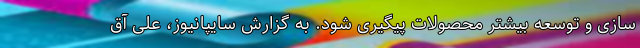
سازی و توسعه بیشتر محصولات پیگیری شود. به گزارش سایپانیوز، علی آق